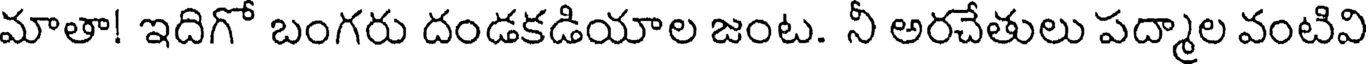
మాతా! ఇదిగో బంగరు దండకడియాల జంట. నీ అరచేతులు పద్మాల వంటివి